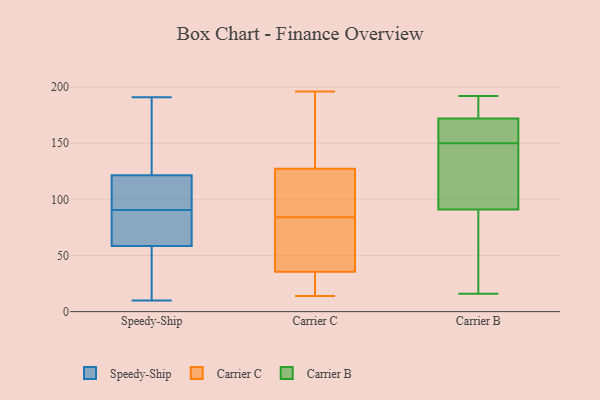
{"axis": {"x": "Operating Costs (USD K)", "y": "Value"}, "legend": ["Carrier B", "Carrier C", "Speedy-Ship"], "data": [{"x": "", "y": 81, "type": "Speedy-Ship"}, {"x": "", "y": 61, "type": "Speedy-Ship"}, {"x": "", "y": 91, "type": "Speedy-Ship"}, {"x": "", "y": 56, "type": "Speedy-Ship"}, {"x": "", "y": 159, "type": "Speedy-Ship"}, {"x": "", "y": 176, "type": "Speedy-Ship"}, {"x": "", "y": 22, "type": "Speedy-Ship"}, {"x": "", "y": 89, "type": "Speedy-Ship"}, {"x": "", "y": 130, "type": "Speedy-Ship"}, {"x": "", "y": 39, "type": "Speedy-Ship"}, {"x": "", "y": 90, "type": "Speedy-Ship"}, {"x": "", "y": 10, "type": "Speedy-Ship"}, {"x": "", "y": 191, "type": "Speedy-Ship"}, {"x": "", "y": 113, "type": "Speedy-Ship"}, {"x": "", "y": 113, "type": "Speedy-Ship"}, {"x": "", "y": 105, "type": "Speedy-Ship"}, {"x": "", "y": 22, "type": "Carrier C"}, {"x": "", "y": 161, "type": "Carrier C"}, {"x": "", "y": 196, "type": "Carrier C"}, {"x": "", "y": 91, "type": "Carrier C"}, {"x": "", "y": 14, "type": "Carrier C"}, {"x": "", "y": 116, "type": "Carrier C"}, {"x": "", "y": 165, "type": "Carrier C"}, {"x": "", "y": 51, "type": "Carrier C"}, {"x": "", "y": 62, "type": "Carrier C"}, {"x": "", "y": 93, "type": "Carrier C"}, {"x": "", "y": 84, "type": "Carrier C"}, {"x": "", "y": 15, "type": "Carrier C"}, {"x": "", "y": 40, "type": "Carrier C"}, {"x": "", "y": 72, "type": "Carrier C"}, {"x": "", "y": 14, "type": "Carrier C"}, {"x": "", "y": 114, "type": "Carrier C"}, {"x": "", "y": 168, "type": "Carrier C"}, {"x": "", "y": 172, "type": "Carrier B"}, {"x": "", "y": 91, "type": "Carrier B"}, {"x": "", "y": 23, "type": "Carrier B"}, {"x": "", "y": 164, "type": "Carrier B"}, {"x": "", "y": 139, "type": "Carrier B"}, {"x": "", "y": 192, "type": "Carrier B"}, {"x": "", "y": 169, "type": "Carrier B"}, {"x": "", "y": 108, "type": "Carrier B"}, {"x": "", "y": 188, "type": "Carrier B"}, {"x": "", "y": 155, "type": "Carrier B"}, {"x": "", "y": 32, "type": "Carrier B"}, {"x": "", "y": 176, "type": "Carrier B"}, {"x": "", "y": 16, "type": "Carrier B"}, {"x": "", "y": 145, "type": "Carrier B"}]}